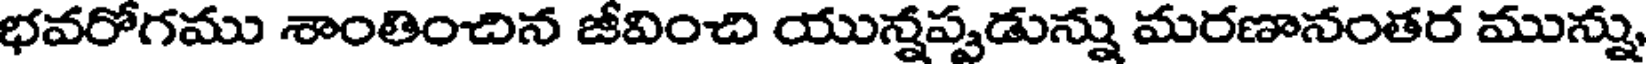
భవరోగము శాంతించిన జీవించి యున్నప్పుడున్ను మరణానంతర మున్ను